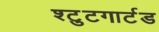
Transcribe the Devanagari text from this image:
श्टुटगार्टड